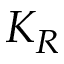
K _ { R }